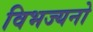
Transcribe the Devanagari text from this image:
विभज्यनो